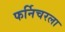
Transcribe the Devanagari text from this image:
फर्निचरला